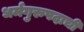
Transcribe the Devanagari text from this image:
धर्मगुरुपदाची